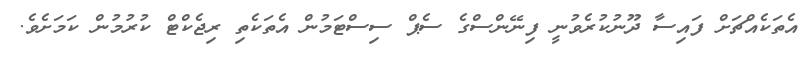
އެތަކެއްޗަށް ފައިސާ ދޫނުކުރެވުނީ ފިނޭންސްގެ ސެޕް ސިސްޓަމުން އެތަކެތި ރިޖެކްޓް ކުރުމުން ކަމަށެވެ.